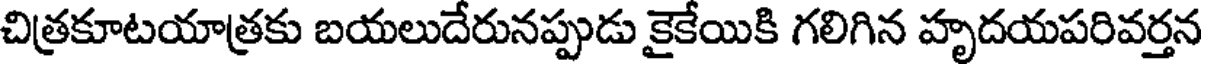
చిత్రకూటయాత్రకు బయలుదేరునప్పుడు కైకేయికి గలిగిన హృదయపరివర్తన